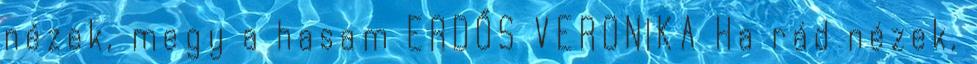
nézek, megy a hasam ERDŐS VERONIKA Ha rád nézek,